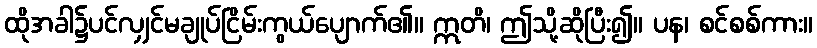
ထိုအခါ၌ပင်လျှင်မချုပ်ငြိမ်းကွယ်ပျောက်၏။ ဣတိ၊ ဤသို့ဆိုပြီး၍။ ပန၊ စင်စစ်ကား။